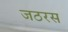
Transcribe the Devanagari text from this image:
जठरस